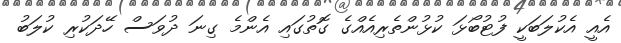
އެއީ އެކުލަބަކީ ފުޓުބޯޅަ ކުޅުންތެރިއެއްގެ ގޮތުގައި އެންމެ ގިނަ ދުވަސް ހޭދަކުރި ކުލަބު